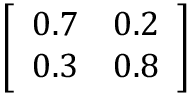
\left[ \begin{array} { l l } { 0 . 7 } & { 0 . 2 } \\ { 0 . 3 } & { 0 . 8 } \end{array} \right]